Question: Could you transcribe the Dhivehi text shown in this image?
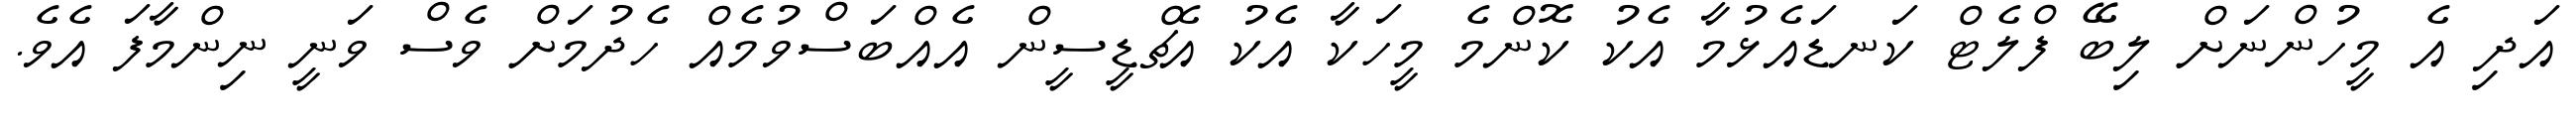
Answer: އަދި އެ މީހުންނަށް ލިބޭ ފްލެޓް ކަނޑައެޅުމާ އެކު ކޮންމެ މީހަކާ އެކު އެޗްޑީސީން އެއްބަސްވުމެއް ހެދުމަށް ވެސް ވަނީ ނިންމާފަ އެވެ.